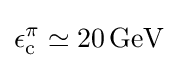
\epsilon _{\text{c}}^{\pi }\simeq 20\,{\text{GeV}}